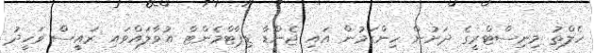
ހެލްތު މިނިސްޓްރީގެ ދަށުން ހިންގަމުން އައި ޖެންޑާ ޑިޕާޓްމެންޓް އުވާލައްވައި ރައީސް ވަހީދު